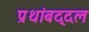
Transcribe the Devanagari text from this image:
प्रथांबद्दल